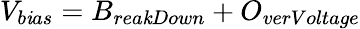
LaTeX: V_{b\mathit{i}as}=B_{rea\mathit{k}Down}+O_{verVoltage}